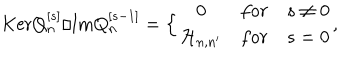
LaTeX: \mathrm { K e r } Q _ { n } ^ { [ s ] } / \mathrm { I m } Q _ { n } ^ { [ s - 1 ] } = \Bigl \lbrace \begin{matrix} { { 0 } } & { { f o r } } & { { s \not = 0 } } \\ { { { \cal H } _ { n , n ^ { \prime } } } } & { { f o r } } & { { s = 0 } } \\ \end{matrix} ,